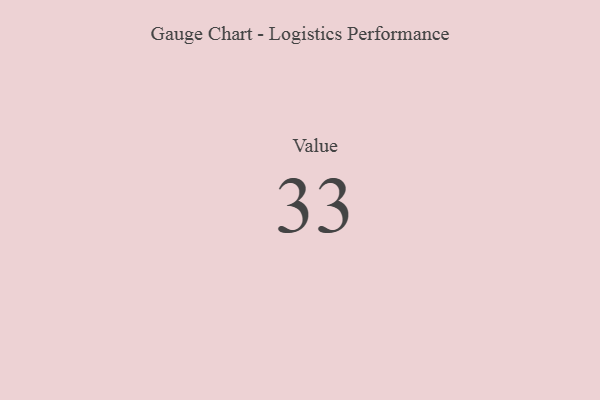
{"axis": {"x": "Metric", "y": "Value"}, "legend": [""], "data": [{"x": "Value", "y": 33, "type": ""}]}